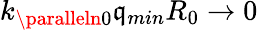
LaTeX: k_{\paralleln0}\mathfrak{q}_{min}R_{0}\rightarrow0